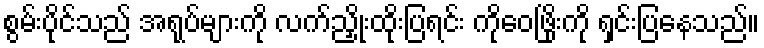
စွမ်းပိုင်သည် အရုပ်များကို လက်ညှိုးထိုးပြရင်း ကိုဝေဖြိုးကို ရှင်းပြနေသည်။